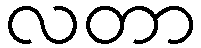
လတာ